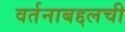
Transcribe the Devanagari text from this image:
वर्तनाबद्दलची